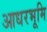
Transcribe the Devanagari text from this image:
आधरभूमि